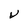
Character: V